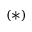
( \ast )